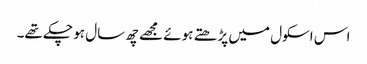
اس اسکول میں پڑھتے ہوئے مجھے چھ سال ہو چکے تھے۔